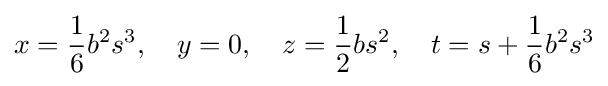
x={\frac {1}{6}}b^{2}s^{3},\quad y=0,\quad z={\frac {1}{2}}bs^{2},\quad t=s+{\frac {1}{6}}b^{2}s^{3}